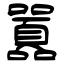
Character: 囂